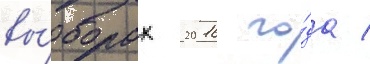
вы́борах 2016 го́да /